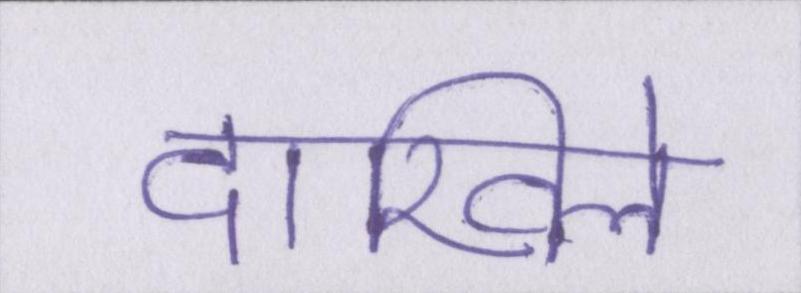
दाखिले